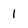
Character: 1